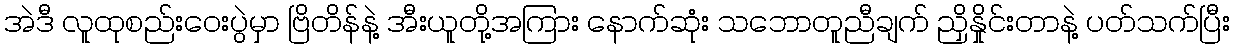
အဲဒီ လူထုစည်းဝေးပွဲမှာ ဗြိတိန်နဲ့ အီးယူတို့အကြား နောက်ဆုံး သဘောတူညီချက် ညှိနှိုင်းတာနဲ့ ပတ်သက်ပြီး